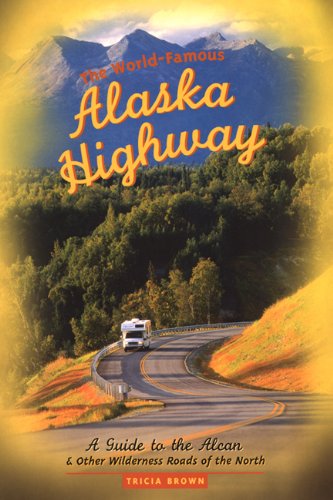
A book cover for The World-Famous Alaska Highway: A Guide to the Alcan & Other Wilderness Roads of the North; Tricia Brown; Travel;